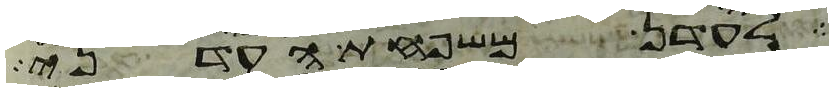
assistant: לעדן משפחת העדני